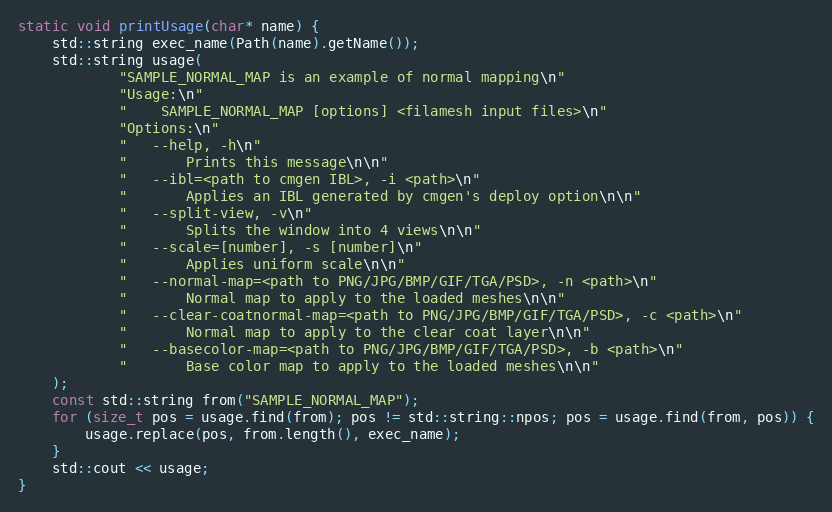
Language: C++
static void printUsage(char* name) {
    std::string exec_name(Path(name).getName());
    std::string usage(
            "SAMPLE_NORMAL_MAP is an example of normal mapping\n"
            "Usage:\n"
            "    SAMPLE_NORMAL_MAP [options] <filamesh input files>\n"
            "Options:\n"
            "   --help, -h\n"
            "       Prints this message\n\n"
            "   --ibl=<path to cmgen IBL>, -i <path>\n"
            "       Applies an IBL generated by cmgen's deploy option\n\n"
            "   --split-view, -v\n"
            "       Splits the window into 4 views\n\n"
            "   --scale=[number], -s [number]\n"
            "       Applies uniform scale\n\n"
            "   --normal-map=<path to PNG/JPG/BMP/GIF/TGA/PSD>, -n <path>\n"
            "       Normal map to apply to the loaded meshes\n\n"
            "   --clear-coatnormal-map=<path to PNG/JPG/BMP/GIF/TGA/PSD>, -c <path>\n"
            "       Normal map to apply to the clear coat layer\n\n"
            "   --basecolor-map=<path to PNG/JPG/BMP/GIF/TGA/PSD>, -b <path>\n"
            "       Base color map to apply to the loaded meshes\n\n"
    );
    const std::string from("SAMPLE_NORMAL_MAP");
    for (size_t pos = usage.find(from); pos != std::string::npos; pos = usage.find(from, pos)) {
        usage.replace(pos, from.length(), exec_name);
    }
    std::cout << usage;
}